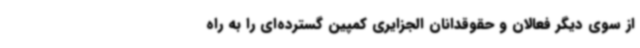
از سوی دیگر فعالان و حقوقدانان الجزایری کمپین گسترده‌ای را به راه